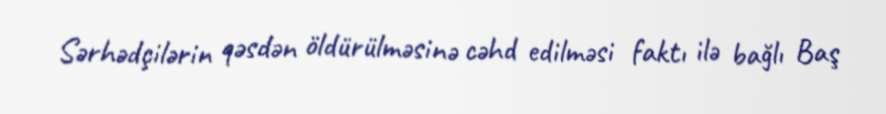
Sərhədçilərin qəsdən öldürülməsinə cəhd edilməsi faktı ilə bağlı Baş